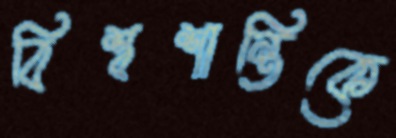
বিশ্বশান্তিকে